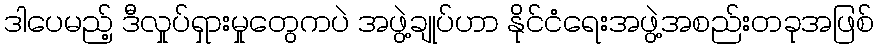
ဒါပေမည့် ဒီလှုပ်ရှားမှုတွေကပဲ အဖွဲ့ချုပ်ဟာ နိုင်ငံရေးအဖွဲ့အစည်းတခုအဖြစ်